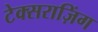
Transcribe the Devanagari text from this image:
टेक्सराज़िंग